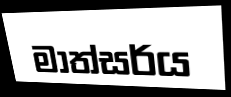
මාත්සර්ය